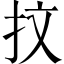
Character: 抆